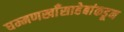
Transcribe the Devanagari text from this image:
घम्मणखाँसाहेबांकडून